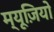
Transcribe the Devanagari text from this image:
म्यूज़ियो